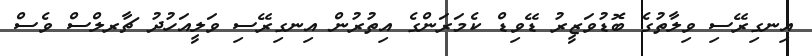
އިނގިރޭސި ވިލާތުގެ ބޮޑުވަޒީރު ޑޭވިޑް ކެމަރަންގެ އިތުރުން އިނގިރޭސި ވަލީއަހުދު ޗާރލްސް ވެސް